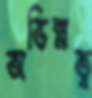
অভিন্নত্ব